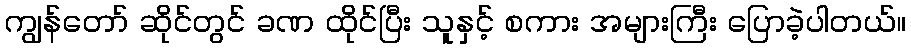
ကျွန်တော် ဆိုင်တွင် ခဏ ထိုင်ပြီး သူနှင့် စကား အများကြီး ပြောခဲ့ပါတယ်။